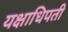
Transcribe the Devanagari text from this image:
यक्षाधिपती